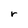
Character: r